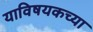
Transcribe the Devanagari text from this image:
याविषयकच्या